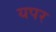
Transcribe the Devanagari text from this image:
यपर